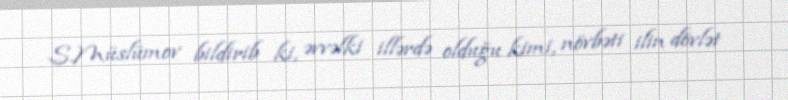
S.Müslümov bildirib ki, əvvəlki illərdə olduğu kimi, növbəti ilin dövlət